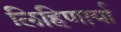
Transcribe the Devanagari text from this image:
लिहिणार्या